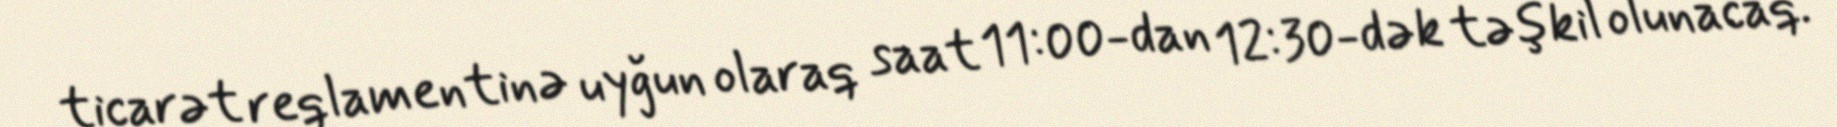
ticarət reqlamentinə uyğun olaraq saat 11:00-dan 12:30-dək təşkil olunacaq.